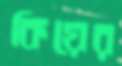
কিয়ের